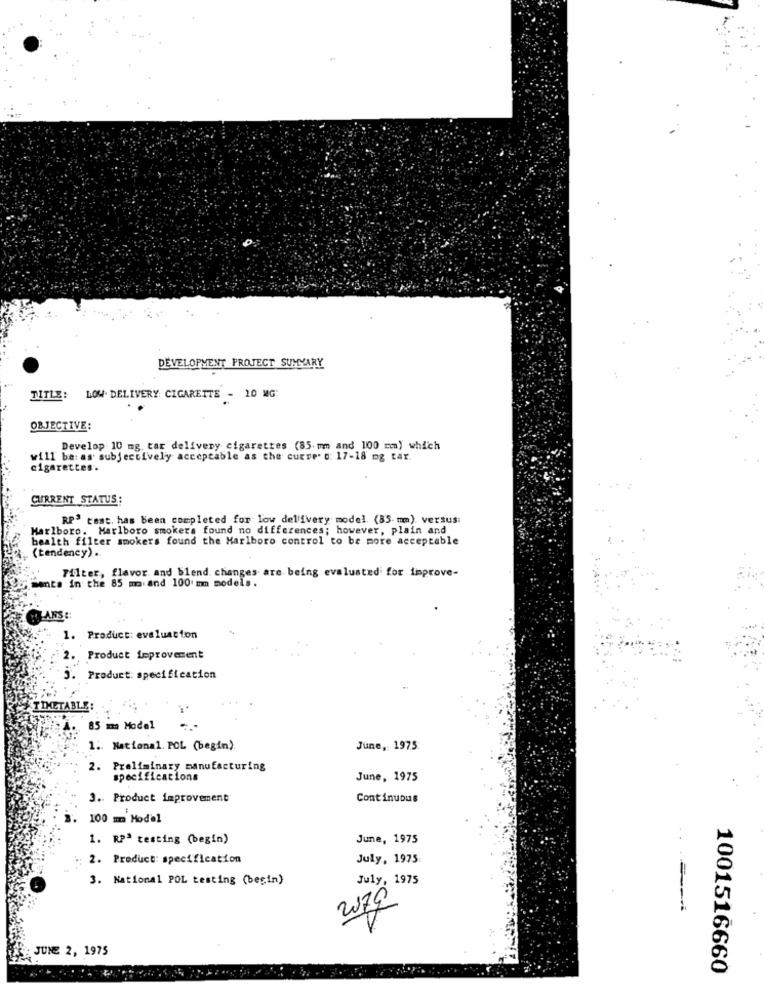
DEVELOPMENT PROJECT SUMMARY
TITLE: LOW. DELIVERY: CIGARETTE - 10 MG:
OBJECTIVE:
Develop 10 mg. tar delivery cigarettes (85mm and 100 cm) which
will be: as subjectively acceptable as the curve. o: 17-18 mg tar.
cigarettes.
CURRENT STATUS:
RPS test. has Been completed for low dellivery model (85mm) versus:
Marlboro. Marlboro smokers found no differences; however, plain and
bealth filter smokers found the Marlboro control to be more acceptable
(tendency) .
Filter, flavor and blend changes are being evaluated for improve-
santa in the 85 m and 100 mm models.
MOLARS :
. Product: evaluation
2.
Product improvement
3. Product: specification
TIMETABLE:
85 mm Model
1. National. POL (begin)
June, 1975
. Preliminary manufacturing
specifications
June, 1975
3. Product improvement
Continuous
100 m Model
1. RPª testing (begin)
June, 1975
2. Product: specification
July, 1975
3. National POL testing (begin)
July, 1975
2079
: JUNE 2, 1975
1001516660